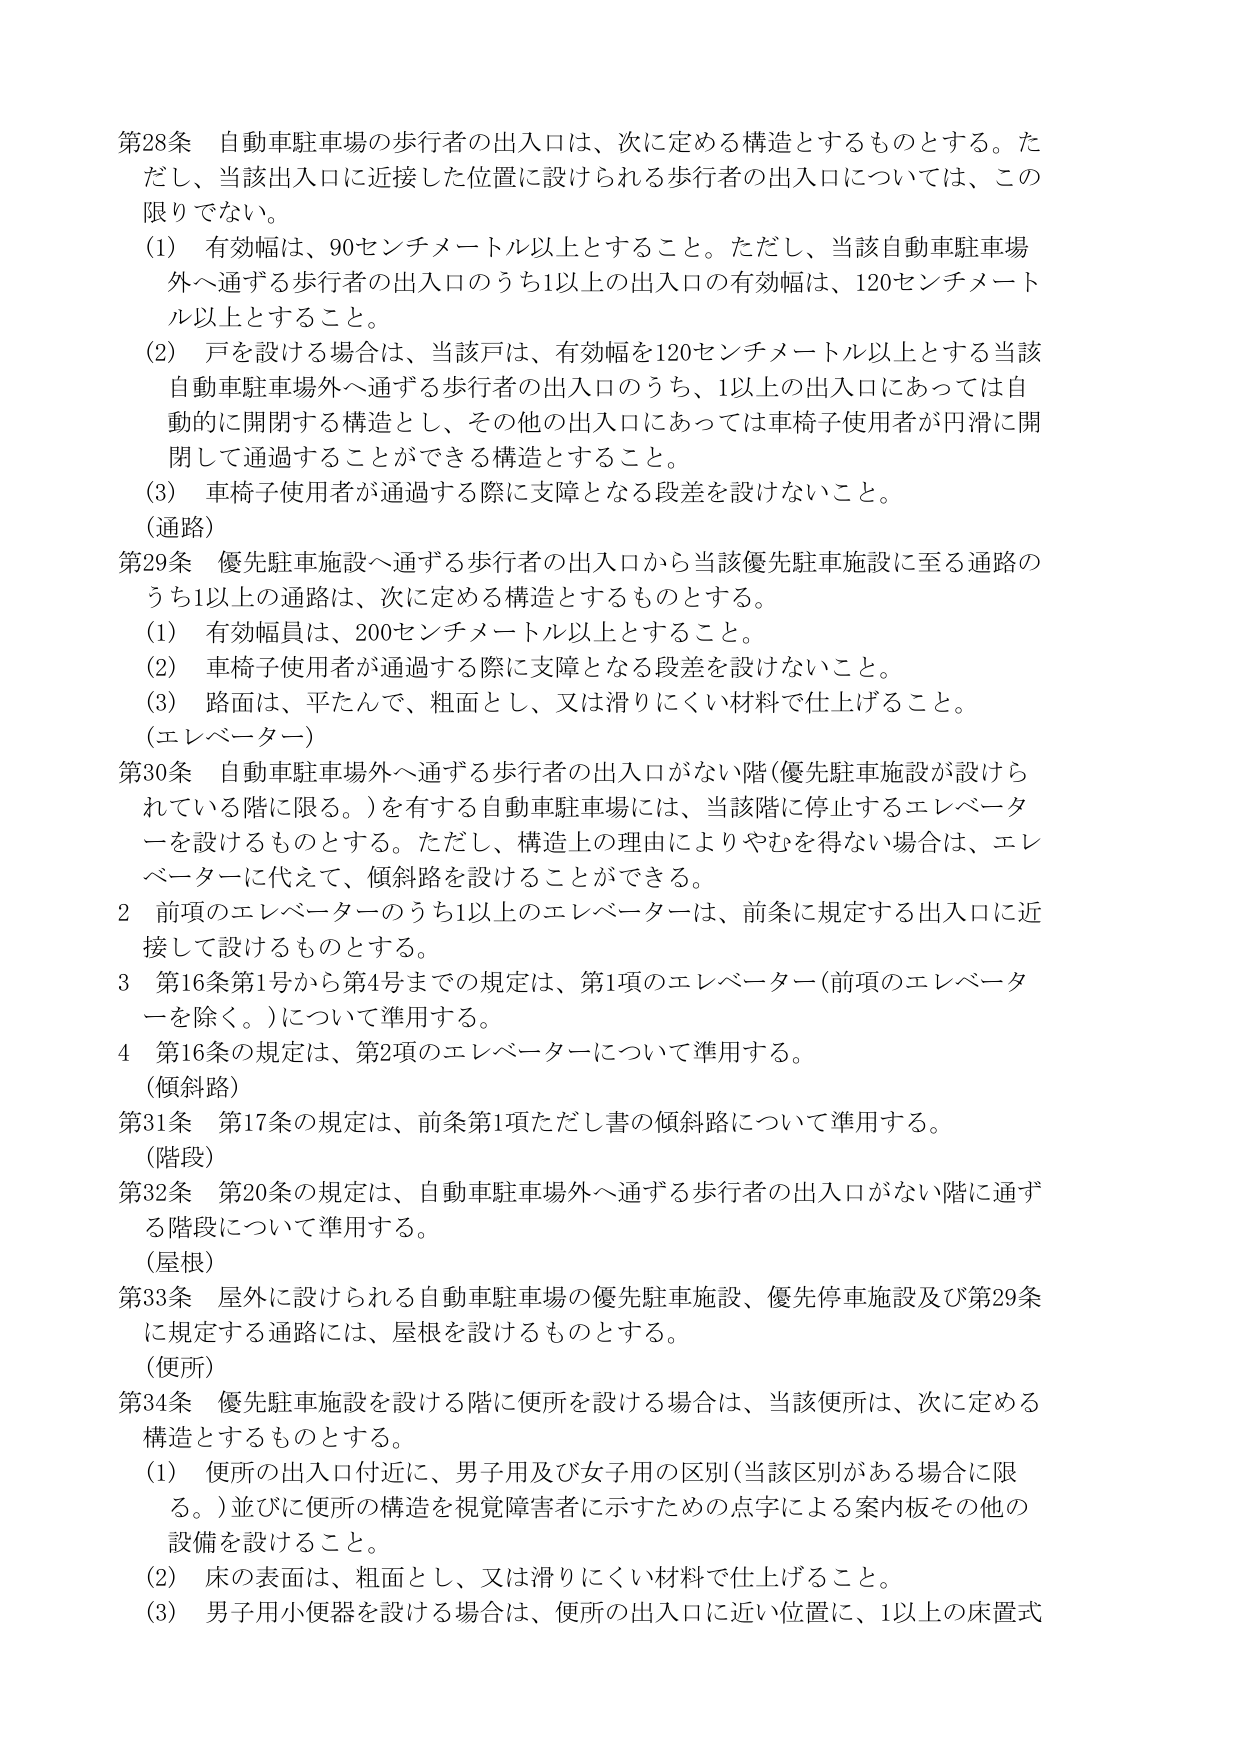
第28条 自動車駐車場の歩行者の出入口は、次に定める構造とするものとする。ただし、当該出入口に近接した位置に設けられる歩行者の出入口については、この限りでない。

(1) 有効幅は、90センチメートル以上とすること。ただし、当該自動車駐車場外へ通ずる歩行者の出入口のうち1以上の出入口の有効幅は、120センチメートル以上とすること。

(2) 戸を設ける場合は、当該戸は、有効幅を120センチメートル以上とする当該自動車駐車場外へ通ずる歩行者の出入口のうち、1以上の出入口にあっては自動的に開閉する構造とし、その他の出入口にあっては車椅子使用者が円滑に開閉して通過することができる構造とすること。

(3) 車椅子使用者が通過する際に支障となる段差を設けないこと。

（通路）

第29条 優先駐車施設へ通ずる歩行者の出入口から当該優先駐車施設に至る通路のうち1以上の通路は、次に定める構造とするものとする。

(1) 有効幅員は、200センチメートル以上とすること。

(2) 車椅子使用者が通過する際に支障となる段差を設けないこと。

(3) 路面は、平たんで、粗面とし、又は滑りにくい材料で仕上げること。

（エレベーター）

第30条 自動車駐車場外へ通ずる歩行者の出入口がない階（優先駐車施設が設けられている階に限る。）を有する自動車駐車場には、当該階に停止するエレベーターを設けるものとする。ただし、構造上の理由によりやむを得ない場合は、エレベーターに代えて、傾斜路を設けることができる。

2 前項のエレベーターのうち1以上のエレベーターは、前条に規定する出入口に近接して設けるものとする。

3 第16条第1号から第4号までの規定は、第1項のエレベーター（前項のエレベーターを除く。）について準用する。

4 第16条の規定は、第2項のエレベーターについて準用する。

（傾斜路）

第31条 第17条の規定は、前条第1項ただし書の傾斜路について準用する。

（階段）

第32条 第20条の規定は、自動車駐車場外へ通ずる歩行者の出入口がない階に通ずる階段について準用する。

（屋根）

第33条 屋外に設けられる自動車駐車場の優先駐車施設、優先停車施設及び第29条に規定する通路には、屋根を設けるものとする。

（便所）

第34条 優先駐車施設を設ける階に便所を設ける場合は、当該便所は、次に定める構造とするものとする。

(1) 便所の出入口付近に、男子用及び女子用の区別（当該区別がある場合に限る。）並びに便所の構造を視覚障害者に示すための点字による案内板その他の設備を設けること。

(2) 床の表面は、粗面とし、又は滑りにくい材料で仕上げること。

(3) 男子用小便器を設ける場合は、便所の出入口に近い位置に、1以上の床置式